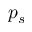
p _ { s }